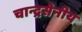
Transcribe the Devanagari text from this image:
चान्द्रसेनीय